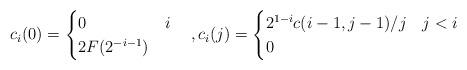
LaTeX: \begin{align*}c_i(0) = \begin{cases} 0 & i \\ 2F(2^{-i-1}) & \end{cases} \quad,c_i(j) = \begin{cases} 2^{1-i}c(i-1,j-1)/j & j<i \\ 0 & \end{cases}\end{align*}